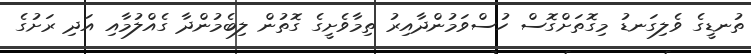
ތުނޑީގެ ވެލިގަނޑު މިގޮތަށްގޮސް ހުސްވަމުންދާއިރު ތިމާވެށީގެ ގޮތުން ލިބެމުންދާ ގެއްލުމާއި އަދި ރަށުގެ